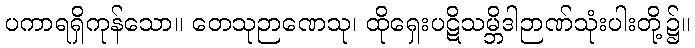
ပကာရရှိကုန်သော။ တေသုဉာဏေသု၊ ထိုရှေးပဋိသမ္ဘိဒါဉာဏ်သုံးပါးတို့၌။